Civil Veterinary Department Bihar & Orissa reports 1929-36 - 1929-1936
Year: 1929
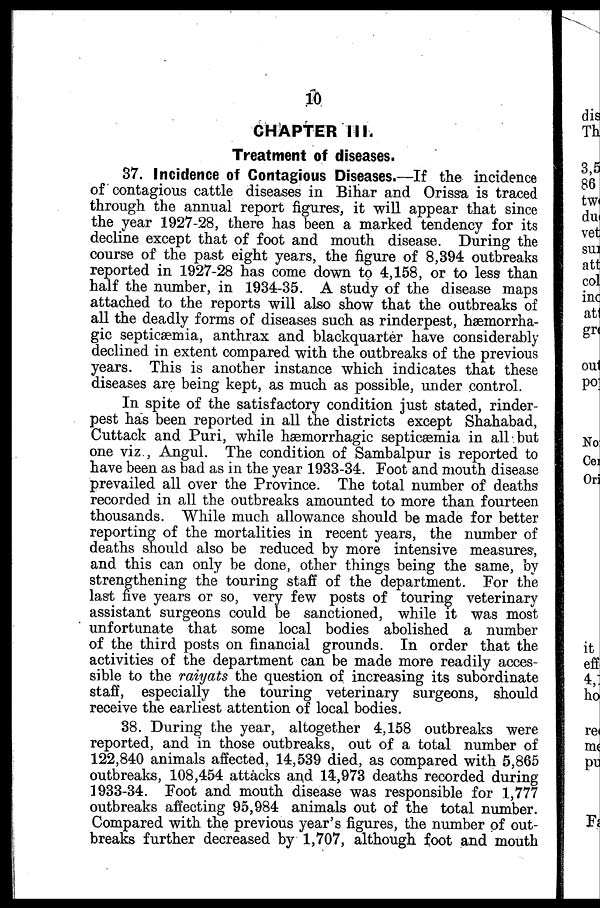
10
CHAPTER III.
Treatment of diseases.
37. Incidence of Contagious Diseases.—If the incidence
of contagious cattle diseases in Bihar and Orissa is traced
through the annual report figures, it will appear that since
the year 1927-28, there has been a marked tendency for its
decline except that of foot and mouth disease. During the
course of the past eight years, the figure of 8,394 outbreaks
reported in 1927-28 has come down to 4,158, or to less than
half the number, in 1934-35. A study of the disease maps
attached to the reports will also show that the outbreaks of
all the deadly forms of diseases such as rinderpest, hæmorrha-
gic septicæmia, anthrax and blackquarter have considerably
declined in extent compared with the outbreaks of the previous
years. This is another instance which indicates that these
diseases are being kept, as much as possible, under control.
In spite of the satisfactory condition just stated, rinder-
pest has been reported in all the districts except Shahabad,
Cuttack and Puri, while hæmorrhagic septicæmia in all but
one viz., Angul. The condition of Sambalpur is reported to
have been as bad as in the year 1933-34. Foot and mouth disease
prevailed all over the Province. The total number of deaths
recorded in all the outbreaks amounted to more than fourteen
thousands. While much allowance should be made for better
reporting of the mortalities in recent years, the number of
deaths should also be reduced by more intensive measures,
and this can only be done, other things being the same, by
strengthening the touring staff of the department. For the
last five years or so, very few posts of touring veterinary
assistant surgeons could be sanctioned, while it was most
unfortunate that some local bodies abolished a number
of the third posts on financial grounds. In order that the
activities of the department can be made more readily acces-
sible to the raiyats the question of increasing its subordinate
staff, especially the touring veterinary surgeons, should
receive the earliest attention of local bodies.
38. During the year, altogether 4,158 outbreaks were
reported, and in those outbreaks, out of a total number of
122,840 animals affected, 14,539 died, as compared with 5,865
outbreaks, 108,454 attacks and 14,973 deaths recorded during
1933-34. Foot and mouth disease was responsible for 1,777
outbreaks affecting 95,984 animals out of the total number.
Compared with the previous year's figures, the number of out-
breaks further decreased by 1,707, although foot and mouth